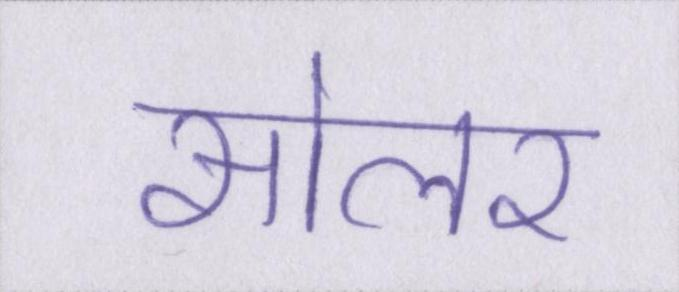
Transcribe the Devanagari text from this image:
सोलर